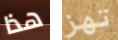
هذا تهز